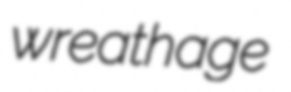
wreathage